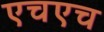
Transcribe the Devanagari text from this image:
एचएच